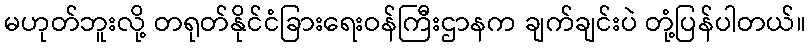
မဟုတ်ဘူးလို့ တရုတ်နိုင်ငံခြားရေးဝန်ကြီးဌာနက ချက်ချင်းပဲ တုံ့ပြန်ပါတယ်။